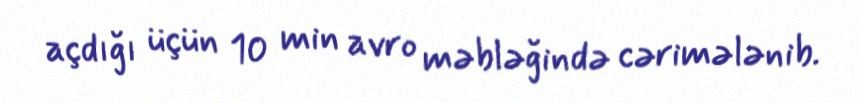
açdığı üçün 10 min avro məbləğində cərimələnib.